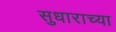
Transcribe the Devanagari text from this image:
सुधाराच्या